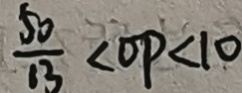
\frac { 5 0 } { 1 3 } < O P < 1 0